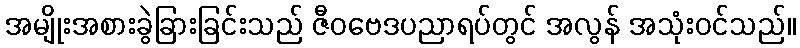
အမျိုးအစားခွဲခြားခြင်းသည် ဇီဝဗေဒပညာရပ်တွင် အလွန် အသုံးဝင်သည်။